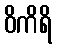
ဝိကိရိ